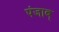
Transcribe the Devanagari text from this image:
पंजाब्